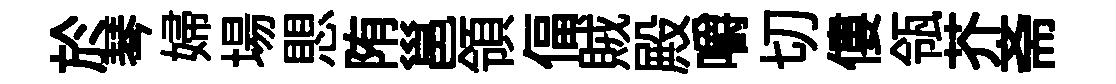
於琴婦場愳陏邕領偪賊殿嚼切僂瓴芥斋